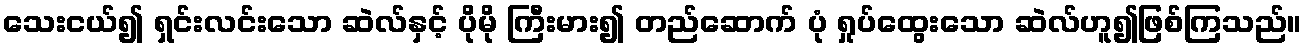
သေးငယ်၍ ရှင်းလင်းသော ဆဲလ်နှင့် ပိုမို ကြီးမား၍ တည်ဆောက် ပုံ ရှုပ်ထွေးသော ဆဲလ်ဟူ၍ဖြစ်ကြသည်။